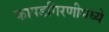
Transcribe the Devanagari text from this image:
कापडगिरणीमध्ये